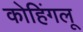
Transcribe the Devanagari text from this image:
कोहिंगलू